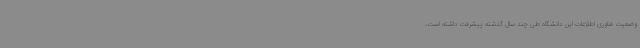
وضعیت فناوری اطلاعات این دانشگاه طی چند سال گذشته پیشرفت داشته است،